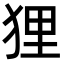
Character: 狸